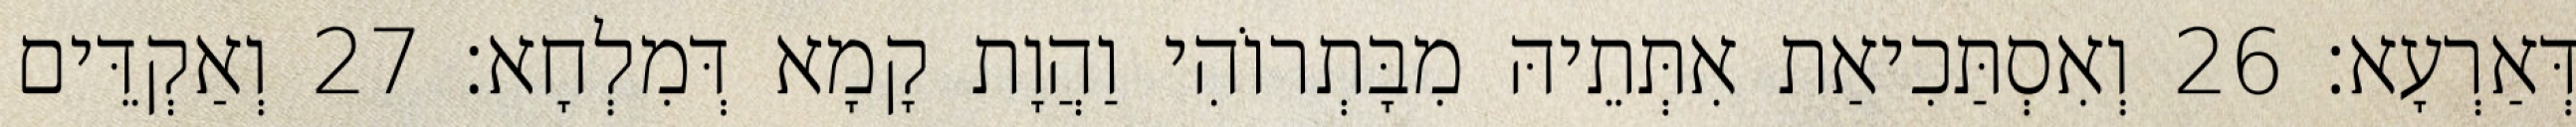
דְּאַרְעָא׃ 26 וְאִסְתַּכִיאַת אִתְּתֵיהּ מִבָּתְרוֹהִי וַהֲוָת קָמָא דְּמִלְחָא׃ 27 וְאַקְדֵּים